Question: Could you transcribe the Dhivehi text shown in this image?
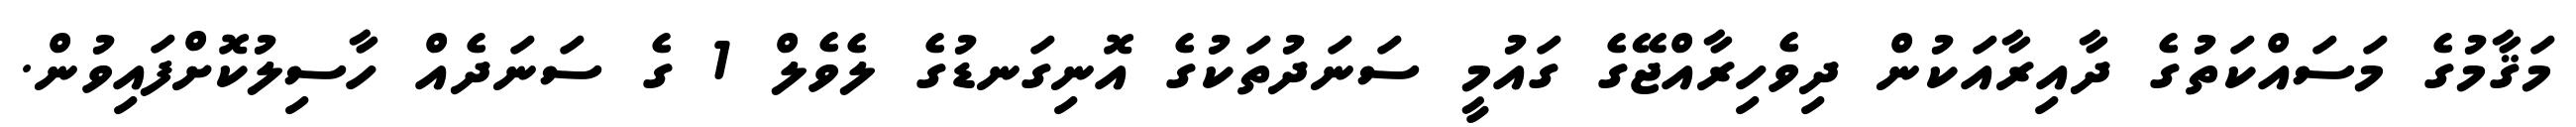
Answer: މަޤާމުގެ މަސައްކަތުގެ ދާއިރާއަކުން ދިވެހިރާއްޖޭގެ ގައުމީ ސަނަދުތަކުގެ އޮނިގަނޑުގެ ލެވެލް 1 ގެ ސަނަދެއް ހާސިލުކޮށްފައިވުން.